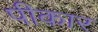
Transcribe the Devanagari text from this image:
पीकार